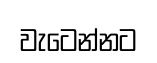
වැටෙන්නට